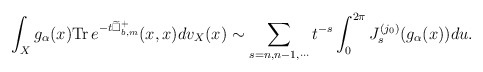
\begin{align*}\int_X g_\alpha(x)\mathrm{Tr}\,e^{-t\widetilde\Box^+_{b, m}}(x, x)dv_X(x)\sim \sum_{s=n, n-1,\cdots}t^{-s}\int_0^{2\pi} J_s^{(j_0)}(g_\alpha(x))du. \end{align*}